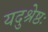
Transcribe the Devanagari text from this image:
यदुश्रेष्ठः